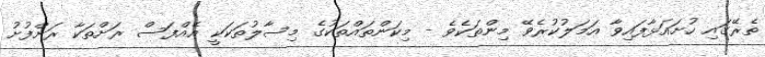
ތެރޭގައި ހުށައަޅާފައިވާ އަމަލުކުރެވޭ މިންތަކެވެ - މިކަންތައްތަކުގެ މިސާލުތަކަކީ އެއްފަސް ރަށްތަކާ ރަށްފުށު